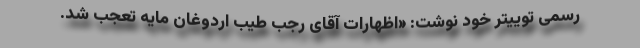
رسمی توییتر خود نوشت: «اظهارات آقای رجب طیب اردوغان مایه تعجب شد.